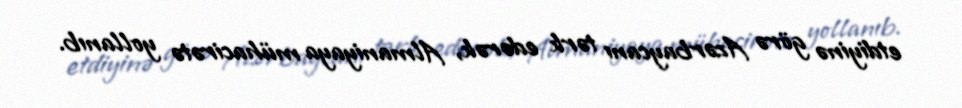
etdiyinə görə Azərbaycanı tərk edərək, Almaniyaya mühacirətə yollanıb.